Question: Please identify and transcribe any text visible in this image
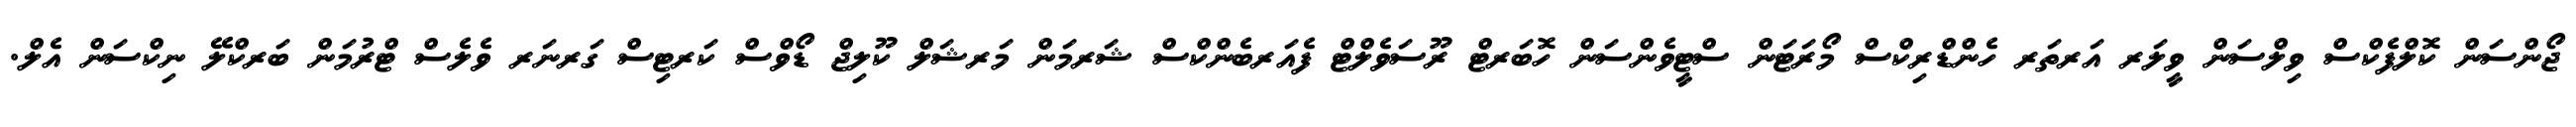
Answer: ޖޯންސަން ކޮލްފެކްސް ވިލްސަން ވީލަރ އަރތަރ ހެންޑްރިކްސް މޯރަޓަން ސްޓީވެންސަން ހޮބަރޓް ރޫސަވެލްޓް ފެއަރބެންކްސް ޝަރމަން މަރޝަލް ކޫލިޖް ޑޯވްސް ކަރޓިސް ގަރނަރ ވެލެސް ޓްރުމަން ބަރކްލޭ ނިކްސަން އެލް.